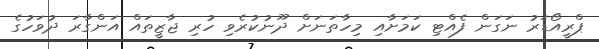
ޕްރީއޯޑަރު ނަގަން ފެއްޓި ކަމަށާއި މިހާތަނަށް ދޫނުކުރެވި ހުރި ޖާޒީތައް އަންގާރަ ދުވަހުގެ